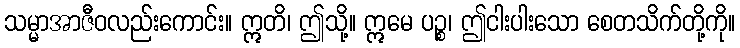
သမ္မာအာဇီဝလည်းကောင်း။ ဣတိ၊ ဤသို့။ ဣမေ ပဉ္စ၊ ဤငါးပါးသော စေတသိက်တို့ကို။